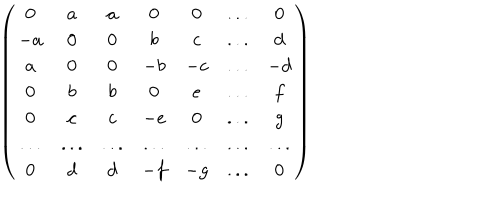
\left( \begin{array} { c c c c c c c } { { 0 } } & { { a } } & { { a } } & { { 0 } } & { { 0 } } & { { . . . } } & { { 0 } } \\ { { - a } } & { { 0 } } & { { 0 } } & { { b } } & { { c } } & { { . . . } } & { { d } } \\ { { a } } & { { 0 } } & { { 0 } } & { { - b } } & { { - c } } & { { . . . } } & { { - d } } \\ { { 0 } } & { { b } } & { { b } } & { { 0 } } & { { e } } & { { . . . } } & { { f } } \\ { { 0 } } & { { c } } & { { c } } & { { - e } } & { { 0 } } & { { . . . } } & { { g } } \\ { { . . . } } & { { . . . } } & { { . . . } } & { { . . . } } & { { . . . } } & { { . . . } } & { { . . . } } \\ { { 0 } } & { { d } } & { { d } } & { { - f } } & { { - g } } & { { . . . } } & { { 0 } } \\ \end{array} \right)